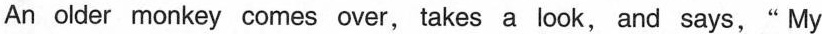
An older monkey comes over, takes a look, and says," My